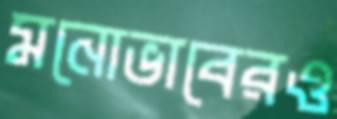
মনোভাবেরও